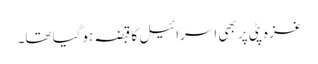
غزہ پٹی پر بھی اسرائیل کا قبضہ ہوگیا تھا۔